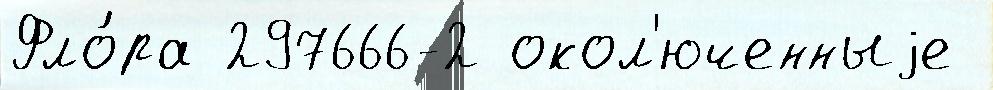
Фло́ра 297666-2 окол'юченныjе